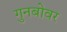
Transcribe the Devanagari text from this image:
गुनबोवर